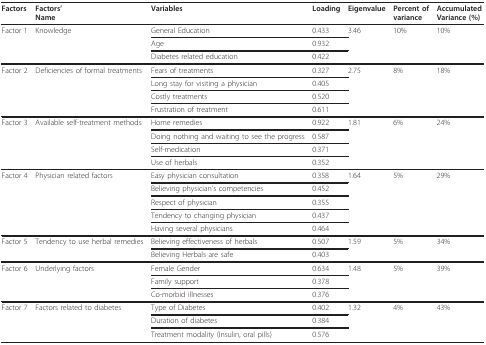
<table><thead><tr><td><b>Factors</b></td><td><b>Factors&#x27;Name</b></td><td><b>Variables</b></td><td><b>Loading</b></td><td><b>Eigenvalue</b></td><td><b>Percent ofvariance</b></td><td><b>AccumulatedVariance (%)</b></td></tr></thead><tbody><tr><td>Factor 1</td><td>Knowledge</td><td>General Education</td><td>0.433</td><td>3.46</td><td>10%</td><td>10%</td></tr><tr><td></td><td></td><td>Age</td><td>0.932</td><td></td><td></td><td></td></tr><tr><td></td><td></td><td>Diabetes related education</td><td>0.422</td><td></td><td></td><td></td></tr><tr><td>Factor 2</td><td>Deficiencies of formal treatments</td><td>Fears of treatments</td><td>0.327</td><td>2.75</td><td>8%</td><td>18%</td></tr><tr><td></td><td></td><td>Long stay for visiting a physician</td><td>0.405</td><td></td><td></td><td></td></tr><tr><td></td><td></td><td>Costly treatments</td><td>0.520</td><td></td><td></td><td></td></tr><tr><td></td><td></td><td>Frustration of treatment</td><td>0.611</td><td></td><td></td><td></td></tr><tr><td>Factor 3</td><td>Available self-treatment methods</td><td>Home remedies</td><td>0.922</td><td>1.81</td><td>6%</td><td>24%</td></tr><tr><td></td><td></td><td>Doing nothing and waiting to see the progress</td><td>0.587</td><td></td><td></td><td></td></tr><tr><td></td><td></td><td>Self-medication</td><td>0.371</td><td></td><td></td><td></td></tr><tr><td></td><td></td><td>Use of herbals</td><td>0.352</td><td></td><td></td><td></td></tr><tr><td>Factor 4</td><td>Physician related factors</td><td>Easy physician consultation</td><td>0.358</td><td>1.64</td><td>5%</td><td>29%</td></tr><tr><td></td><td></td><td>Believing physician&#x27;s competencies</td><td>0.452</td><td></td><td></td><td></td></tr><tr><td></td><td></td><td>Respect of physician</td><td>0.355</td><td></td><td></td><td></td></tr><tr><td></td><td></td><td>Tendency to changing physician</td><td>0.437</td><td></td><td></td><td></td></tr><tr><td></td><td></td><td>Having several physicians</td><td>0.464</td><td></td><td></td><td></td></tr><tr><td>Factor 5</td><td>Tendency to use herbal remedies</td><td>Believing effectiveness of herbals</td><td>0.507</td><td>1.59</td><td>5%</td><td>34%</td></tr><tr><td></td><td></td><td>Believing Herbals are safe</td><td>0.403</td><td></td><td></td><td></td></tr><tr><td>Factor 6</td><td>Underlying factors</td><td>Female Gender</td><td>0.634</td><td>1.48</td><td>5%</td><td>39%</td></tr><tr><td></td><td></td><td>Family support</td><td>0.378</td><td></td><td></td><td></td></tr><tr><td></td><td></td><td>Co-morbid illnesses</td><td>0.376</td><td></td><td></td><td></td></tr><tr><td>Factor 7</td><td>Factors related to diabetes</td><td>Type of Diabetes</td><td>0.402</td><td>1.32</td><td>4%</td><td>43%</td></tr><tr><td></td><td></td><td>Duration of diabetes</td><td>0.384</td><td></td><td></td><td></td></tr><tr><td></td><td></td><td>Treatment modality (Insulin, oral pills)</td><td>0.576</td><td></td><td></td><td></td></tr></tbody></table>